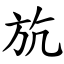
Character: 斻